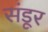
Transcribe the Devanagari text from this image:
संडूर